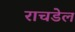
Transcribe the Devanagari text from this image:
राचडेल